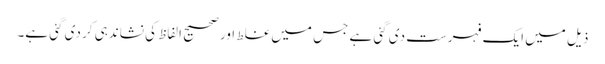
ذیل میں ایک فہرست دی گئی ہے جس میں غلط اور صحیح الفاظ کی نشاندہی کر دی گئی ہے۔